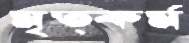
মৃত্কর্ম